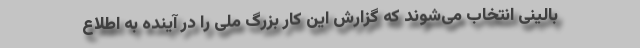
بالینی انتخاب می‌شوند که گزارش این کار بزرگ ملی را در آینده به اطلاع